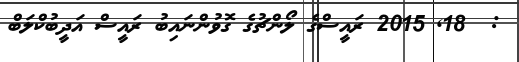
:  18